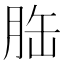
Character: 𦚥